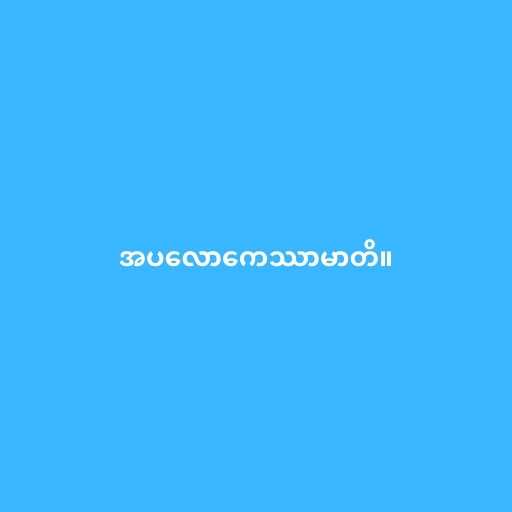
အပလောကေဿာမာတိ။